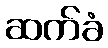
ဆက်ခံ